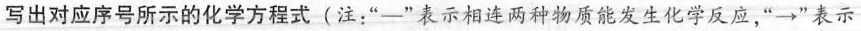
写出对应序号所示的化学方程式(注：“-”表示相连两种物质能发生化学反应，“→”表示